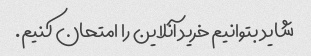
شاید بتوانیم خرید آنلاین را امتحان کنیم.